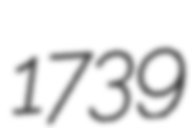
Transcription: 1739